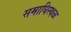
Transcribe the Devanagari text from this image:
समाधिस्‍थळ